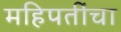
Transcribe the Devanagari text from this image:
महिपतींचा